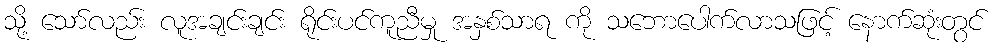
သို့ သော်လည်း လူအချင်းချင်း ရိုင်းပင်ကူညီမှု အနှစ်သာရ ကို သဘောပေါက်လာသဖြင့် နောက်ဆုံးတွင်